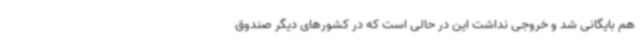
هم بایگانی شد و خروجی نداشت این در حالی است که در کشورهای دیگر صندوق